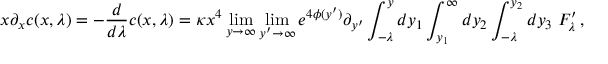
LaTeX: x \partial _ { x } c ( x , \lambda ) = - \frac { d } { d \lambda } c ( x , \lambda ) = \kappa x ^ { 4 } \operatorname * { l i m } _ { y \rightarrow \infty } \operatorname * { l i m } _ { y ^ { \prime } \rightarrow \infty } e ^ { 4 \phi ( y ^ { \prime } ) } \partial _ { y ^ { \prime } } \int _ { - \lambda } ^ { y } d y _ { 1 } \int _ { y _ { 1 } } ^ { \infty } d y _ { 2 } \int _ { - \lambda } ^ { y _ { 2 } } d y _ { 3 } \; F _ { \lambda } ^ { \prime } \, ,